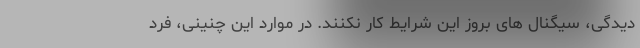
دیدگی، سیگنال های بروز این شرایط کار نکنند. در موارد این چنینی، فرد